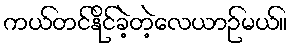
ကယ်တင်နိုင်ခဲ့တဲ့လေယာဉ်မယ်။